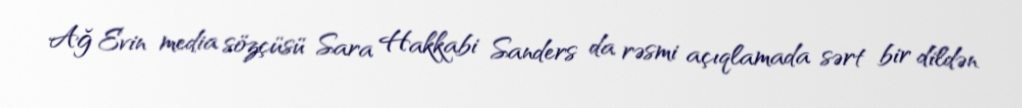
Ağ Evin media sözçüsü Sara Hakkabi Sanders da rəsmi açıqlamada sərt bir dildən